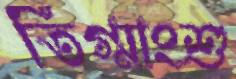
তিগ্মাংশু